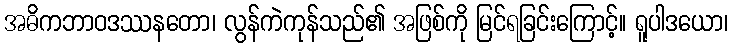
အဓိကဘာဝဒဿနတော၊ လွန်ကဲကုန်သည်၏ အဖြစ်ကို မြင်ရခြင်းကြောင့်။ ရူပါဒယော၊